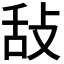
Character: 𢼤